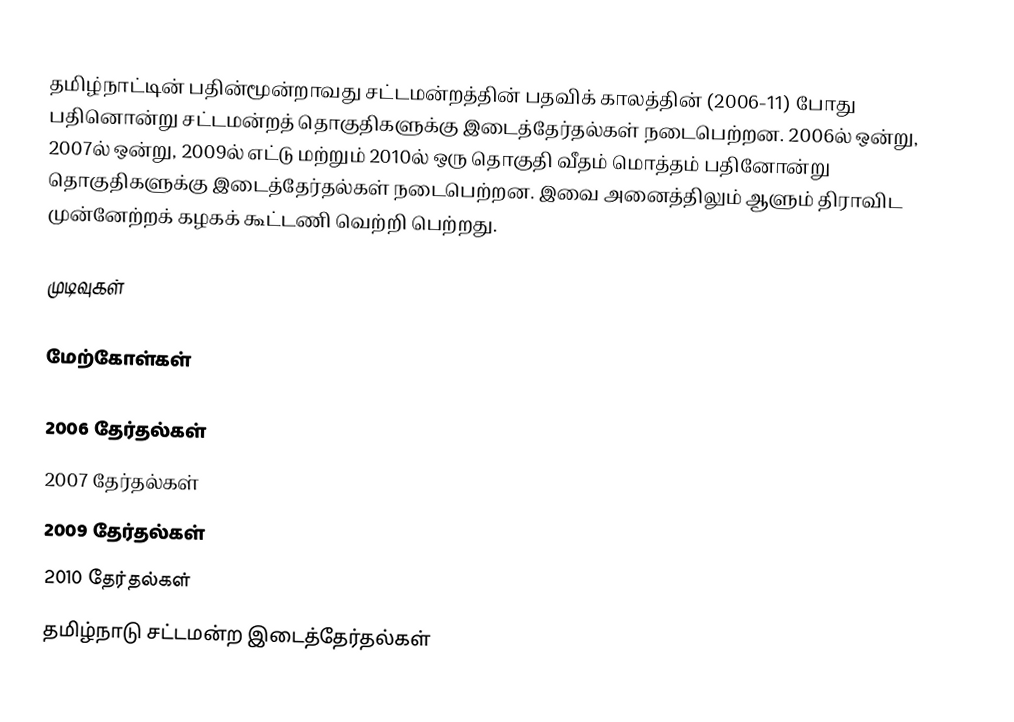
தமிழ்நாட்டின் பதின்மூன்றாவது சட்டமன்றத்தின் பதவிக் காலத்தின் (2006-11) போது பதினொன்று சட்டமன்றத் தொகுதிகளுக்கு இடைத்தேர்தல்கள் நடைபெற்றன. 2006ல் ஒன்று, 2007ல் ஒன்று, 2009ல் எட்டு மற்றும் 2010ல் ஒரு தொகுதி வீதம் மொத்தம் பதினோன்று தொகுதிகளுக்கு இடைத்தேர்தல்கள் நடைபெற்றன. இவை அனைத்திலும் ஆளும் திராவிட முன்னேற்றக் கழகக் கூட்டணி வெற்றி பெற்றது.

முடிவுகள்

மேற்கோள்கள்

2006 தேர்தல்கள்
2007 தேர்தல்கள்
2009 தேர்தல்கள்
2010 தேர்தல்கள்
தமிழ்நாடு சட்டமன்ற இடைத்தேர்தல்கள்